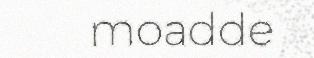
moadde